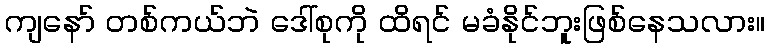
ကျနော် တစ်ကယ်ဘဲ ဒေါ်စုကို ထိရင် မခံနိုင်ဘူးဖြစ်နေသလား။